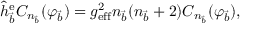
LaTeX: \hat { h } _ { \vec { b } } ^ { \mathrm { e } } C _ { n _ { \vec { b } } } ( \varphi _ { \vec { b } } ) = g _ { \mathrm { e f f } } ^ { 2 } n _ { \vec { b } } ( n _ { \vec { b } } + 2 ) C _ { n _ { \vec { b } } } ( \varphi _ { \vec { b } } ) ,